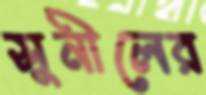
সুনীলের